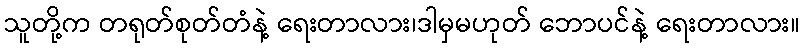
သူတို့က တရုတ်စုတ်တံနဲ့ ရေးတာလား၊ဒါမှမဟုတ် ဘောပင်နဲ့ ရေးတာလား။